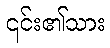
၎င်း၏သား